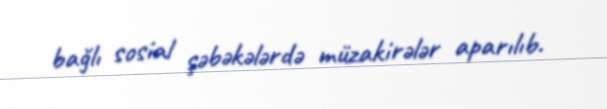
bağlı sosial şəbəkələrdə müzakirələr aparılıb.